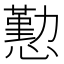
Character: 懃